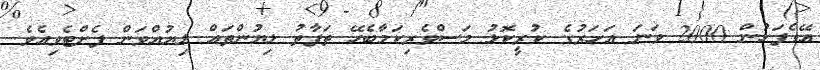
އޭގެފަހުން 2000 ވަނަ އަހަރުގެ ކުރީކޮޅު މަސްވެރިކަމާބެހޭ ތަފާތު ލިޔުންތައް ލިޔުއްވަން ފެށްޓެވިއެވެ.